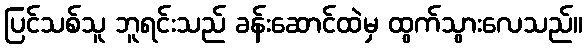
ပြင်သစ်သူ ဘူရင်းသည် ခန်းဆောင်ထဲမှ ထွက်သွားလေသည်။